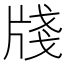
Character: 牋